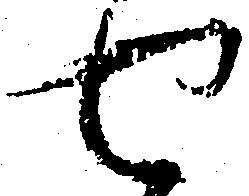
せ